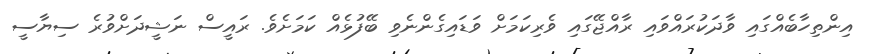
އިންތިހާބެއްގައި ވާދަކުރައްވައި ރާއްޖޭގައި ވެރިކަމަށް ވަޑައިގެންނެވި ބޭފުޅެއް ކަމަށެވެ. ރައީސް ނަޝީދަށްވުރެ ސިޔާސީ